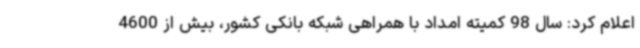
اعلام کرد: سال 98 کمیته امداد با همراهی شبکه بانکی کشور، بیش از 4600